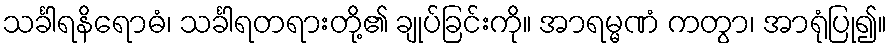
သင်္ခါရနိရောဓံ၊ သင်္ခါရတရားတို့၏ ချုပ်ခြင်းကို။ အာရမ္မဏံ ကတွာ၊ အာရုံပြု၍။